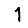
Digit: 1